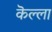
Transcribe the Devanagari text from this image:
कॆल्ला